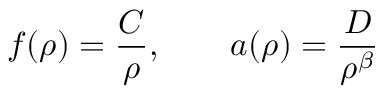
f ( \rho ) = \frac { C } { \rho } , \qquad a ( \rho ) = \frac { D } { \rho ^ { \beta } }